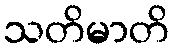
သတိမာတိ